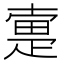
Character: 疐